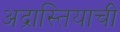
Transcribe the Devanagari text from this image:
अद्रास्तियाची